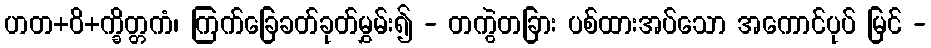
ဟတ+ဝိ+က္ခိတ္တကံ၊ ကြက်ခြေခတ်ခုတ်မွှမ်း၍ - တကွဲတခြား ပစ်ထားအပ်သော အကောင်ပုပ် မြင် -